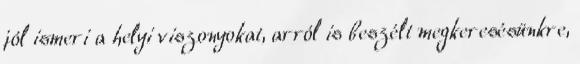
jól ismeri a helyi viszonyokat, arról is beszélt megkeresésünkre,